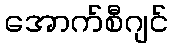
အောက်စီဂျင်